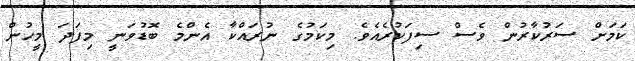
ކަމަށް ސަރުކާރުން ވެސް ސިފަކުރެއެވެ. މިކަމުގެ ނުރައްކާ އެންމެ ބޮޑުވަނީ މިފަދަ މީހުން